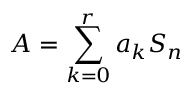
A = \sum _ { k = 0 } ^ { r } a _ { k } S _ { n }